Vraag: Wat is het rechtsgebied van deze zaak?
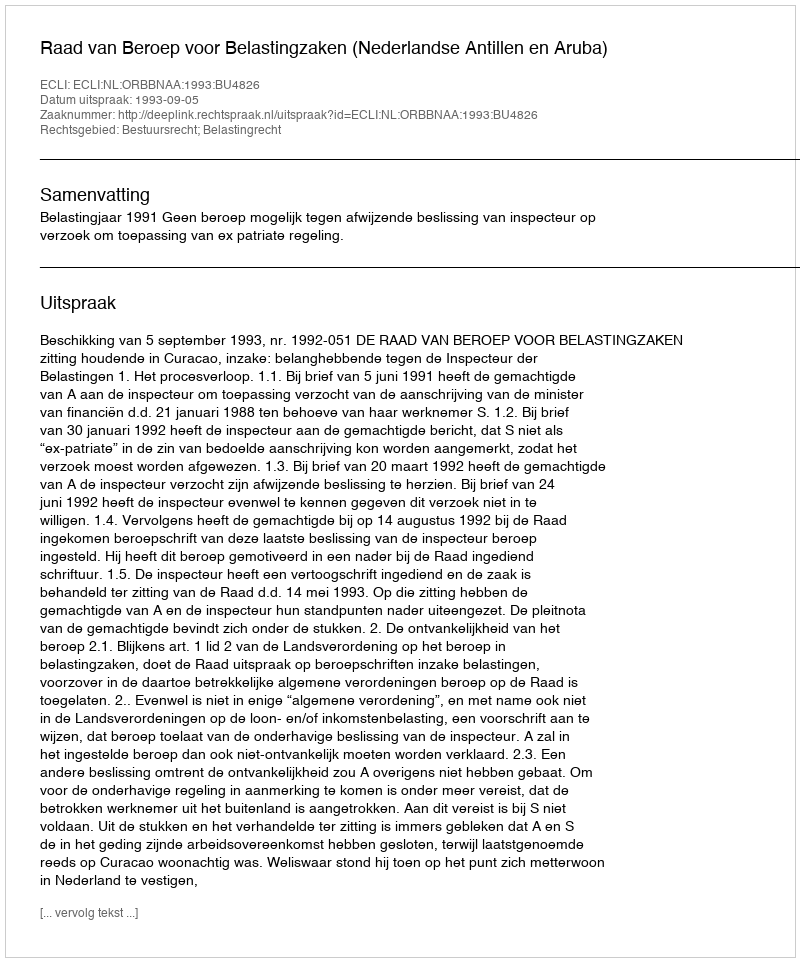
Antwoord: Bestuursrecht; Belastingrecht